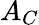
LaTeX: A_{C}